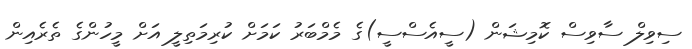
ސިވިލް ސާވިސް ކޮމިޝަން (ސީއެސްސީ)ގެ މެމްބަރު ކަމަށް ކުރިމަތިލީ އަށް މީހުންގެ ތެރެއިން